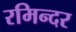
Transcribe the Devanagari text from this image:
रमिन्दर